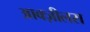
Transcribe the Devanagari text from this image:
आक्ज़ीलस